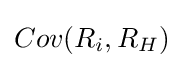
Cov(R_{i},R_{H})